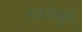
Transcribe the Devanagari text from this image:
रुक्षतेमुळे